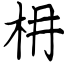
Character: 枏